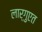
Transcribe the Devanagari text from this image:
लार्गुएत